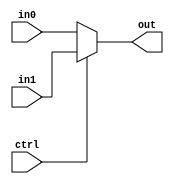
module MUX2_32(ctrl, in0, in1, out);

input ctrl;
input [31:0] in0, in1;
output [31:0] out;

assign out = (ctrl == 1'b0) ? in0 : in1;

endmodule